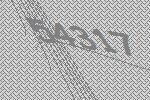
54317